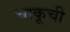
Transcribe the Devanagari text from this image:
चाकूची